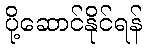
ပို့ဆောင်နိုင်ရန်